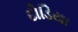
દોડિયા